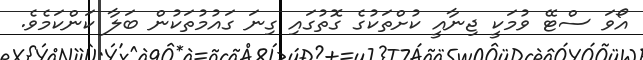
އޯވަ ސްޓޭ ވުމަކީ ޖިނާއީ ކުށްތަކުގެ ގޮތުގައި ގިނަ ގައުމުތަކުން ބަލާ ކަންކަމެވެ.